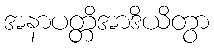
အနာပတ္တိအာဒိယိတွာ